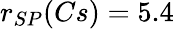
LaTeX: r_{SP}(Cs)=5.4